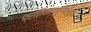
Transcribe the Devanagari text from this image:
प्रतिभाप्रगल्भ